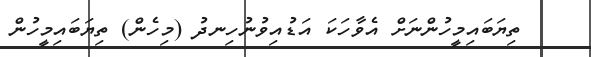
ތިޔަބައިމީހުންނަށް އެވާހަކަ އަޑުއިވުނުހިނދު (މިހެން) ތިޔަބައިމީހުން